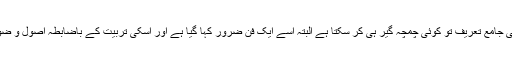
چمچہ گیری کی جامع تعریف تو کوئی چمچہ گیر ہی کر سکتا ہے البتہ اسے ایک فن ضرور کہا گیا ہے اور اسکی تربیت کے باضابطہ اصول و ضوابط ہوتے ہیں۔